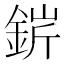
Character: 䤱